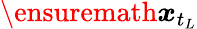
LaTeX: \ensuremath{\boldsymbol{{x}}}_{t_{L}}